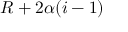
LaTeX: R + 2 \alpha ( i - 1 )